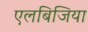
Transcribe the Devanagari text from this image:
एलबिजिया